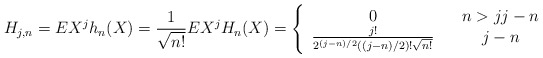
\begin{align*}H_{j,n}=EX^{j}h_{n}(X)=\frac{1}{\sqrt{n!}}EX^{j}H_{n}(X)=\left\{ \begin{array}{ccc}0 & & n>jj-n \\ \frac{j!}{2^{(j-n)/2}((j-n)/2)!\sqrt{n!}} & & j-n\end{array}\right. \end{align*}